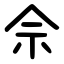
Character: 佘